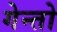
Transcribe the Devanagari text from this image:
गेन्तो